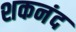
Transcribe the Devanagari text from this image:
शकनंद